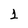
Character: 1